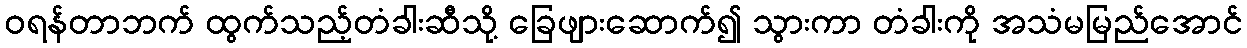
ဝရန်တာဘက် ထွက်သည့်တံခါးဆီသို့ ခြေဖျားဆောက်၍ သွားကာ တံခါးကို အသံမမြည်အောင်